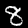
Label: 8